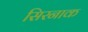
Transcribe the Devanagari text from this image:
सिरनाक